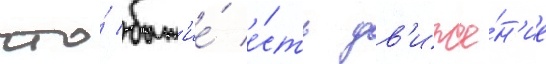
что́ быт'ие́ е́сть дв'иже́н'ие